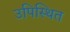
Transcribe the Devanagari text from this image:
उपिस्‍थित